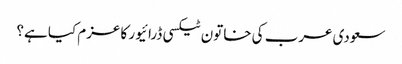
سعودی عرب کی خاتون ٹیکسی ڈرائیور کا عزم کیا ہے؟